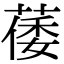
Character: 䔀